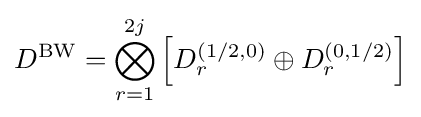
D^{\mathrm {BW} }=\bigotimes _{r=1}^{2j}\left[D_{r}^{(1/2,0)}\oplus D_{r}^{(0,1/2)}\right]